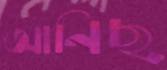
আনিছ